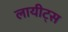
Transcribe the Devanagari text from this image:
लायीट्स